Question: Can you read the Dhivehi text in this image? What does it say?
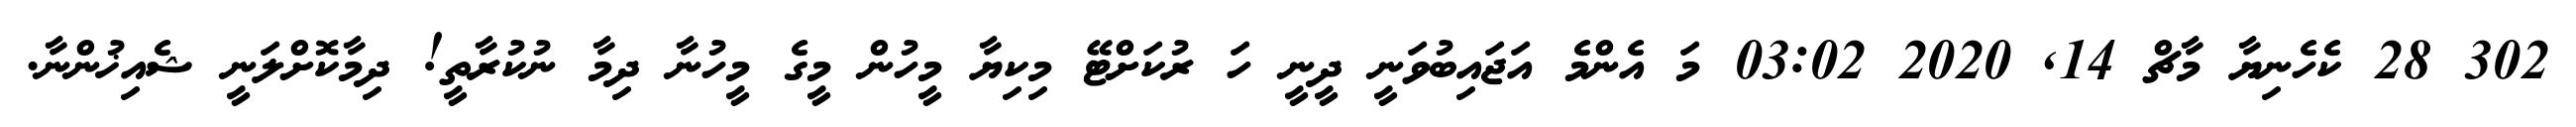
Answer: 302 28 ކެހެނިޔާ މާޗް 14, 2020 03:02 މަ އެންމެ އަޖައިބުވަނީ ދީނީ ހަ ރުކަށްޓޭ މިކިޔާ މީހުން މީގެ މީހުނާ ދިމާ ނުކުރާތީ! ދިމާކޮށްލަނީ ޝެއިޚުންނާ.